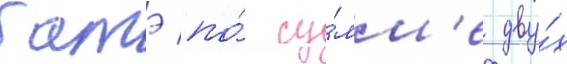
батэ по́ су́мм'е дву́х